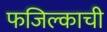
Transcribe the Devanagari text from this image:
फजिल्काची